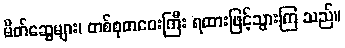
မိတ်ဆွေများ၊ တစ်စုတဝေးကြီး ရထားဖြင့်သွားကြ သည်။